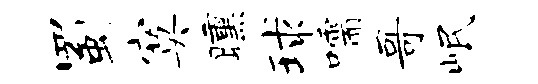
蜀寞曛球嚅哥岷